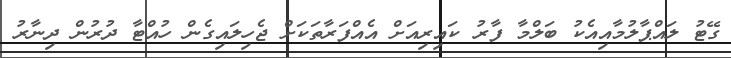
ގޭޓު ލައްޕާލުމާއިއެކު ބަލްމާ ފާރު ކައިރިއަށް އެއްފަރާތަކަށް ޖެހިލައިގެން ހުއްޓާ ދުރުން ދިނާރު